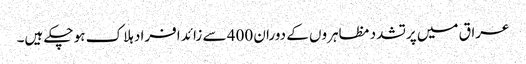
عراق میں پرتشدد مظاہروں کے دوران 400 سے زائد افراد ہلاک ہو چکے ہیں۔